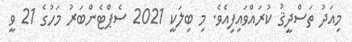
މިއަދު ތަސްދީޤު ކުރައްވައިފިއެވެ. މި ބިލަކީ 2021 ސެޕްޓެންބަރު މަހުގެ 21 ވީ